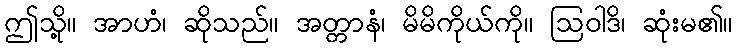
ဤသို့။ အာဟံ၊ ဆိုသည်။ အတ္တာနံ၊ မိမိကိုယ်ကို။ ဩဝါဒိ၊ ဆုံးမ၏။